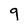
Character: q